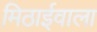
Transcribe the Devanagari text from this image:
मिठार्इवाला